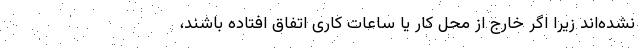
نشده‌اند زیرا اگر خارج از محل کار یا ساعات کاری اتفاق افتاده باشند،